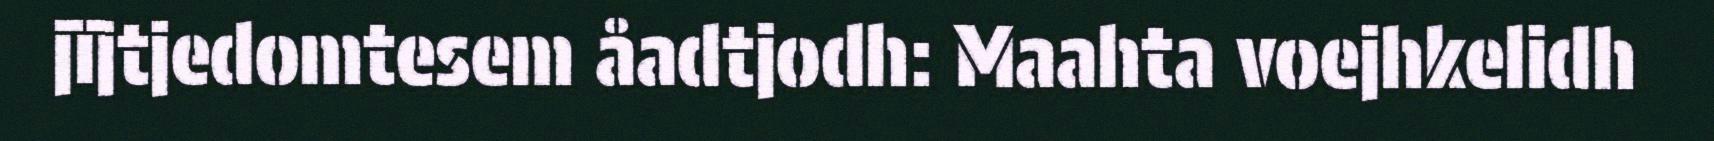
jïjtjedomtesem åadtjodh: Maahta voejhkelidh